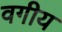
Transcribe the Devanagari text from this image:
वगीय